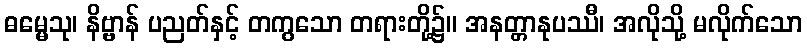
ဓမ္မေသု၊ နိဗ္ဗာန် ပညတ်နှင့် တကွသော တရားတို့၌။ အနတ္တာနုပဿီ၊ အလိုသို့ မလိုက်သော